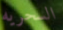
السحريه